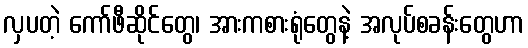
လှပတဲ့ ကော်ဖီဆိုင်တွေ၊ အားကစားရုံတွေနဲ့ အလုပ်စခန်းတွေဟာ